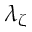
\lambda _ { \zeta }